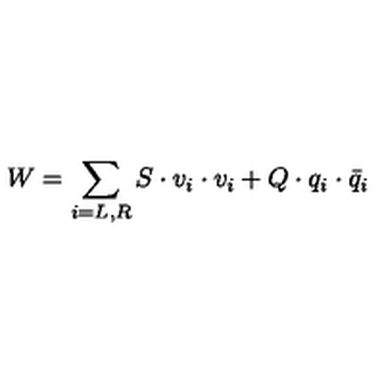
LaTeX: W = \sum _ { i = L , R } S \cdot v _ { i } \cdot v _ { i } + Q \cdot q _ { i } \cdot \bar { q } _ { i }